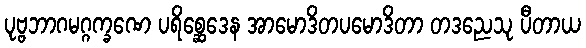
ပုဗ္ဗဘာဂမဂ္ဂက္ခဏေ ပရိစ္ဆေဒေန အာမောဒိတပမောဒိတာ တဒညေသု ပီတာယ